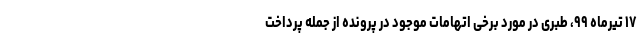
۱۷ تیرماه ۹۹، طبری در مورد برخی اتهامات موجود در پرونده از جمله پرداخت